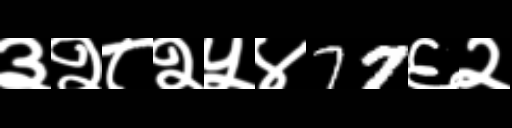
Text: ३२८२५४77६२